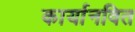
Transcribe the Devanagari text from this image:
कार्यानवित